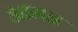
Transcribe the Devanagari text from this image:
आमन